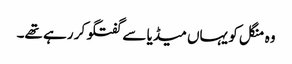
وہ منگل کو یہاں میڈیا سے گفتگو کر رہے تھے۔